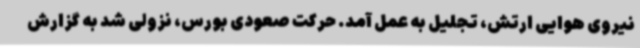
نیروی هوایی ارتش، تجلیل به عمل آمد. حرکت صعودی بورس، نزولی شد به گزارش